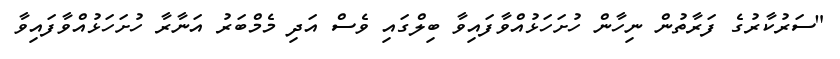
"ސަރުކާރުގެ ފަރާތުން ނިހާން ހުށަހަޅުއްވާފައިވާ ބިލްގައި ވެސް އަދި މެމްބަރު އަނާރާ ހުށަހަޅުއްވާފައިވާ